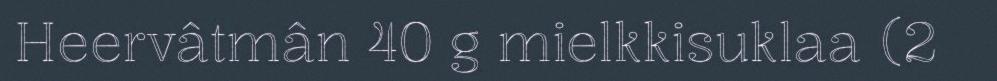
Heervâtmân 40 g mielkkisuklaa (2